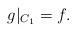
LaTeX: \begin{align*}g|_{C_1} = f.\end{align*}